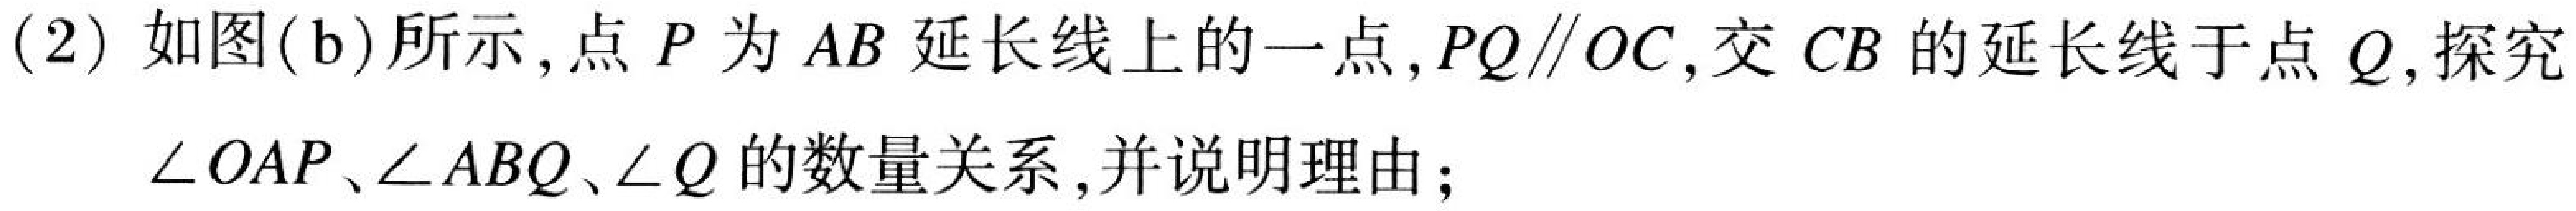
(2) 如图(b)所示，点 \(P\) 为 \(AB\) 延长线上的一点，\(PQ\parallel OC\)，交 \(CB\) 的延长线于点 \(Q\)，探究\(\angle OAP\)、\(\angle ABQ\)、\(\angle Q\) 的数量关系，并说明理由；